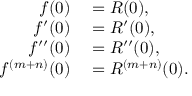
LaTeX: \begin{array} { r l } { f ( 0 ) } & { { } = R ( 0 ) , } \\ { f ^ { \prime } ( 0 ) } & { { } = R ^ { \prime } ( 0 ) , } \\ { f ^ { \prime \prime } ( 0 ) } & { { } = R ^ { \prime \prime } ( 0 ) , } \\ { f ^ { ( m + n ) } ( 0 ) } & { { } = R ^ { ( m + n ) } ( 0 ) . } \end{array}